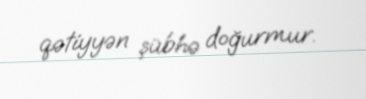
qətiyyən şübhə doğurmur.